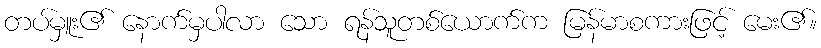
တပ်မှူး၏ နောက်မှပါလာ သော ရန်သူတစ်ယောက်က မြန်မာစကားဖြင့် မေး၏။